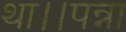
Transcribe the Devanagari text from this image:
था।।पन्ना